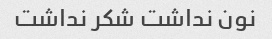
نون نداشت شکر نداشت